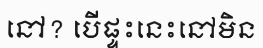
នៅ? បើផ្ទះនេះនៅមិន